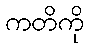
ကတိကို